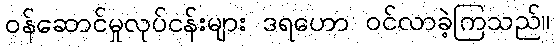
ဝန်ဆောင်မှုလုပ်ငန်းများ ဒရဟော ဝင်လာခဲ့ကြသည်။